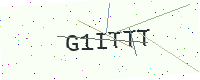
Text: G1ITTT